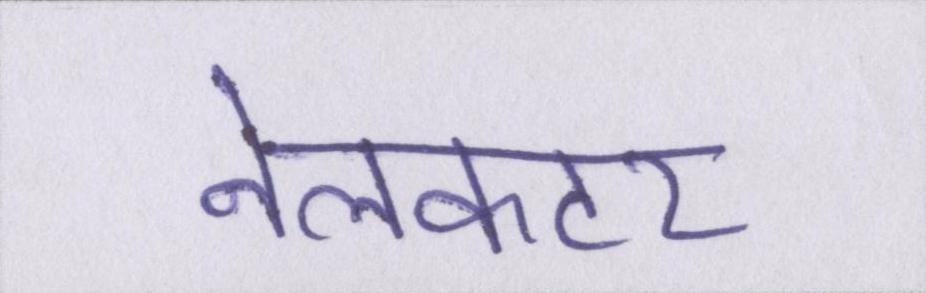
नेलकटर